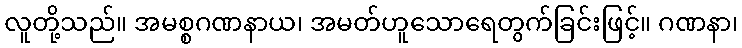
လူတို့သည်။ အမစ္စဂဏနာယ၊ အမတ်ဟူသောရေတွက်ခြင်းဖြင့်။ ဂဏနာ၊